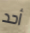
أحد